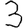
Digit: 3